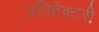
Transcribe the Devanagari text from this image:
प्रतिहेक्टरी